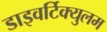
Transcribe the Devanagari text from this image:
डाइवर्टिक्युलम